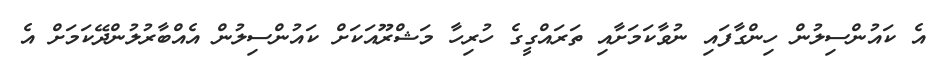
އެ ކައުންސިލުން ހިންގާފައި ނުވާކަމަށާއި ތަރައްގީގެ ހުރިހާ މަޝްރޫއަކަށް ކައުންސިލުން އެއްބާރުލުންދޭކަމަށް އެ